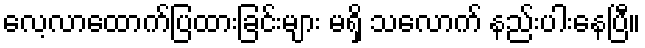
လေ့လာထောက်ပြထားခြင်းများ မရှိ သလောက် နည်းပါးနေပြီ။